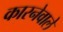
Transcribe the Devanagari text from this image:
कारनेवाले